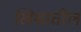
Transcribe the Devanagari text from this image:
खिशातील